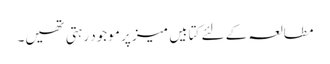
مطالعہ کے لئے کتابیں میز پر موجود رہتی تھیں۔